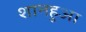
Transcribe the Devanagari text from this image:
शानहुआ